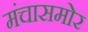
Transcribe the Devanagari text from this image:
मंचासमोर